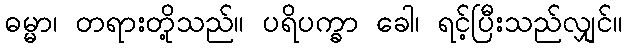
ဓမ္မာ၊ တရားတို့သည်။ ပရိပက္ခာ ခေါ၊ ရင့်ပြီးသည်လျှင်။